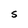
Character: S